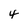
Character: 4